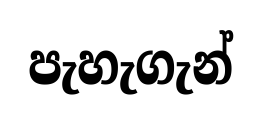
පැහැගැන්